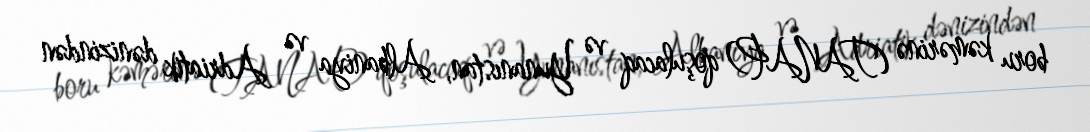
boru kəmərinə (TANAP) qoşulacaq və Yunanıstan, Albaniya və Adriatik dənizindən